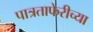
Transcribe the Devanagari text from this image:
पात्रताफेरीच्या